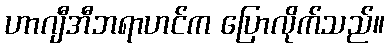
ဟာဂျီအီဘရာဟင်က ပြောလိုက်သည်။